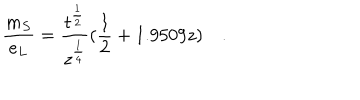
\frac { m _ { S } } { e _ { L } } = \frac { t ^ { \frac { 1 } { 2 } } } { z ^ { \frac { 1 } { 4 } } } ( \frac { 1 } { 2 } + 1 . 9 5 0 9 z ) \quad .